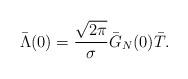
LaTeX: \begin{align*}\bar\Lambda(0)=\frac{\sqrt{2\pi}}{\sigma}\bar G_N (0)\bar T.\end{align*}